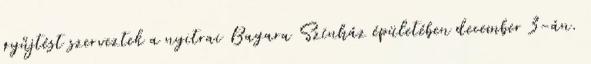
gyűjtést szerveztek a nyitrai Bagara Színház épületében december 3-án.